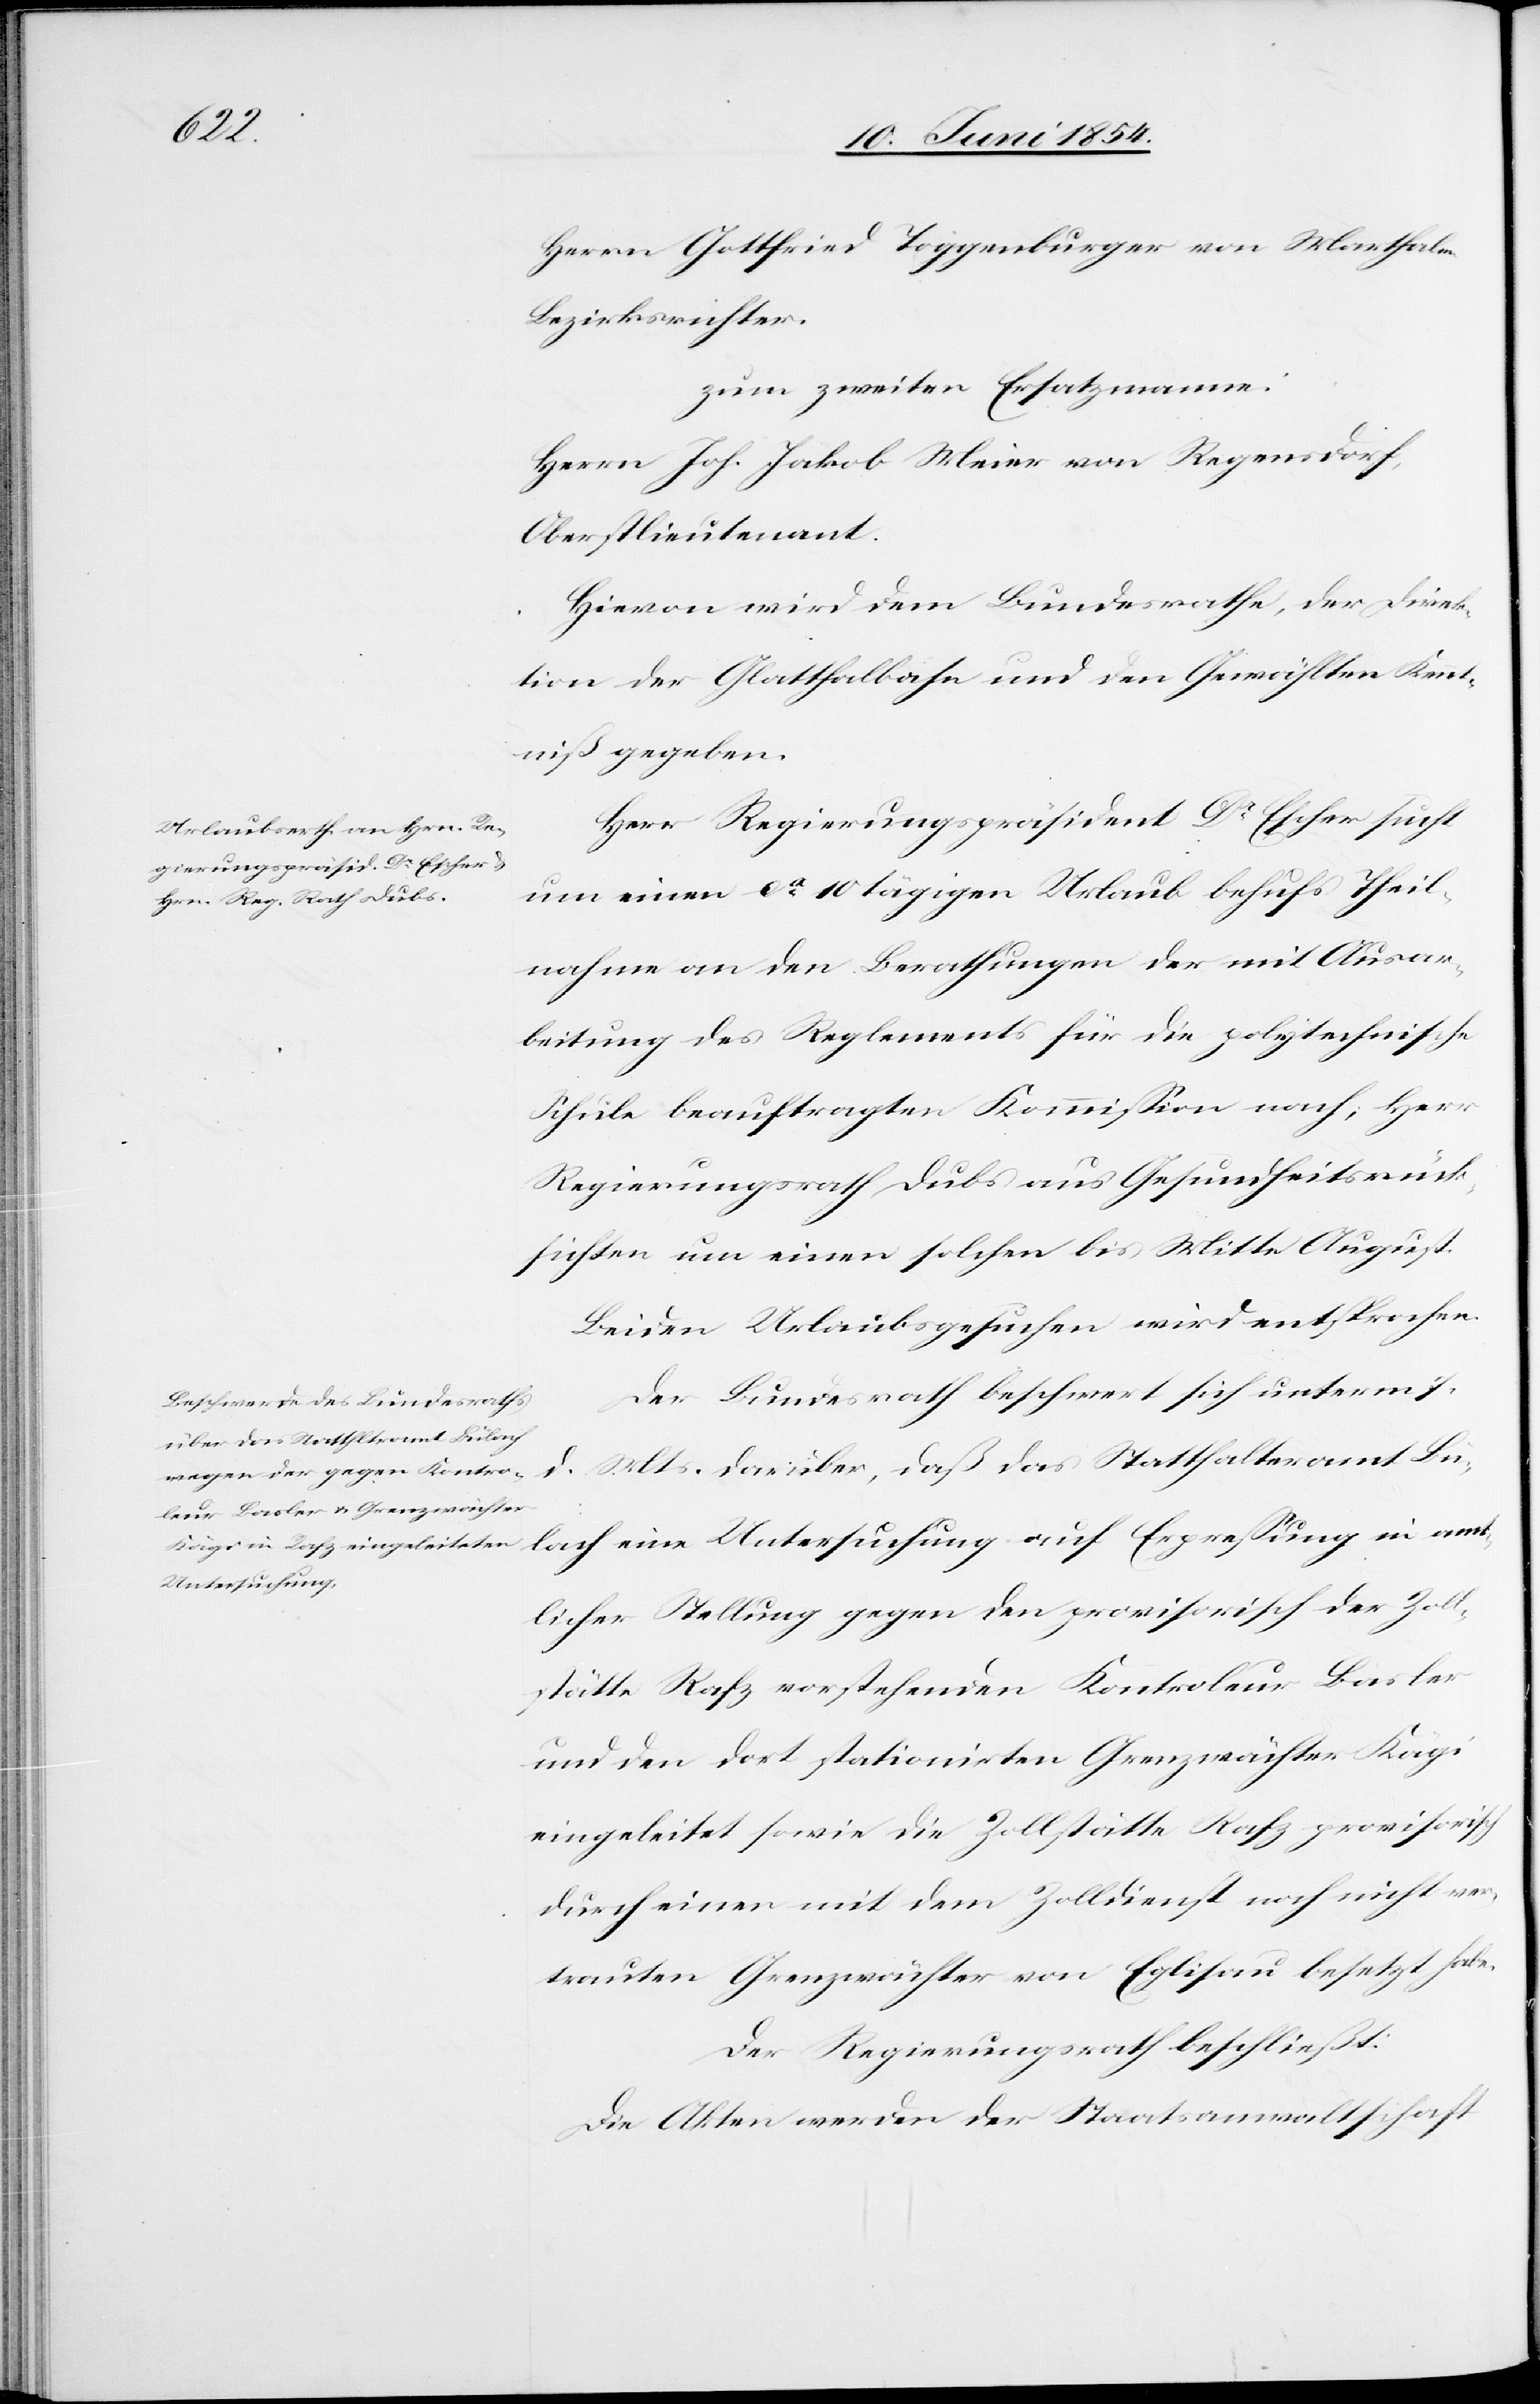
Herrn Gottfried Toggenburger von Marthalen
Bezirksrichter.
zum zweiten Ersatzmanne:
Herrn Joh. Jakob Meier von Regensdorf,
Oberstlieutenant.
Hievon wird dem Bundesrathe, der Direk¬
tion der Glatthalbahn und den Gewählten Kennt¬
niß gegeben.
Herr Regierungspräsident Dr Escher sucht
um einen ca 10 tägigen Urlaub behufs Theil¬
nahme an den Berathungen der mit Ausar¬
beitung des Reglements für die polytechnische
Schule beauftragten Kommißion nach; Herr
Regierungsrath Dubs aus Gesundheitsrück¬
sichten um einen solchen bis Mitte August.
Beiden Urlaubsgesuchen wird entsprochen.
Der Bundesrath beschwert sich unterm 7.
Mts. darüber, daß das Statthalteramt Bü¬
d.
lach eine Untersuchung auf Erpreßung in amt¬
licher Stellung gegen den provisorisch der Zoll¬
stätte Rafz vorstehenden Kontroleur Basler
und den dort stationirten Grenzwächter Kägi
eingeleitet sowie die Zollstätte Rafz provisorisch
durch eine mit dem Zolldienst noch nicht ver¬
trauten Grenzwächter von Eglisau besetzt habe.
Der Regierungsrath beschließt:
Die Akten werden der Staatsanwaltschaft